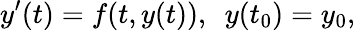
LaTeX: y^{\prime}(t)=f(t,y(t)),\ \ y(t_{0})=y_{0},